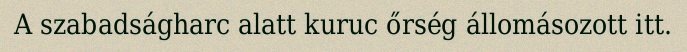
A szabadságharc alatt kuruc őrség állomásozott itt.